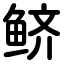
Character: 鲚